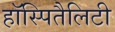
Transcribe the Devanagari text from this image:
हॉस्पितैलिटी